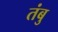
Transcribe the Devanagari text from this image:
तंबु